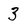
Character: 3